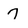
Character: 7